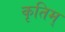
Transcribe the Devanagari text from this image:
कृतिम्